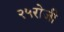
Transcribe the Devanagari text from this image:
२५रोजी